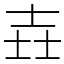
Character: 壵